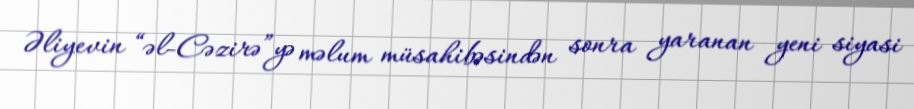
Əliyevin “əl-Cəzirə”yə məlum müsahibəsindən sonra yaranan yeni siyasi